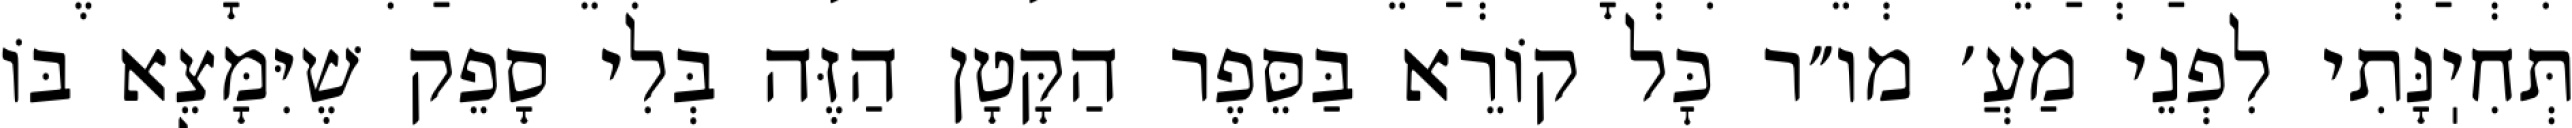
תְּחִיֽנָּתִי לִפְנֵי מַעֲ׳ מו״ר כׇּל קוֹרֵא בַּסֵּפֶר הַקָּטָן הַזֶּה בְּלִי סָפֵק שֶׁיִּמָּצֵא בּוֹ